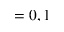
= 0 , 1